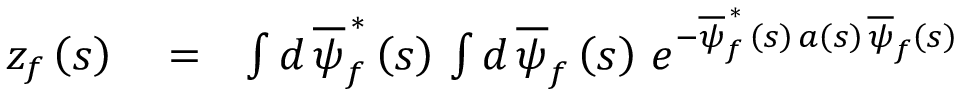
\begin{array} { r l r } { z _ { f } \left( s \right) } & { { } = } & { \int d \, \overline { { \psi } } _ { f } ^ { \, \ast } \left( s \right) \, \int d \, \overline { { \psi } } _ { f } \left( s \right) \, e ^ { - \overline { { \psi } } _ { f } ^ { \, \ast } \, \left( s \right) \, a \left( s \right) \, \overline { { \psi } } _ { f } \left( s \right) } } \end{array}